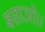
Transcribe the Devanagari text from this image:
बसाओ।।